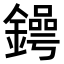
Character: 𨬱